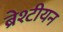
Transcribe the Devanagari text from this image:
ब्रेश्टीयन